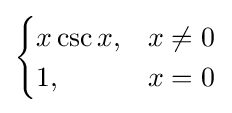
{\begin{cases}x\csc x,&x\neq 0\\1,&x=0\end{cases}}